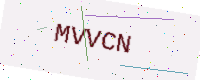
Text: MVVCN